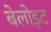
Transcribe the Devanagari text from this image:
बेलोइट